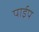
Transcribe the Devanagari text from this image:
पार्इप